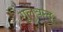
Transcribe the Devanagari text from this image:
गुलुबन्द